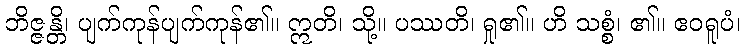
ဘိဇ္ဇန္တိ၊ ပျက်ကုန်ပျက်ကုန်၏။ ဣတိ၊ သို့။ ပဿတိ၊ ရှု၏။ ဟိ သစ္စံ၊ ၏။ ဧဝရူပံ၊